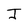
Character: J